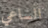
الساعي